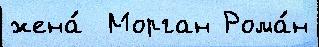
жена́  Морган Рома́н